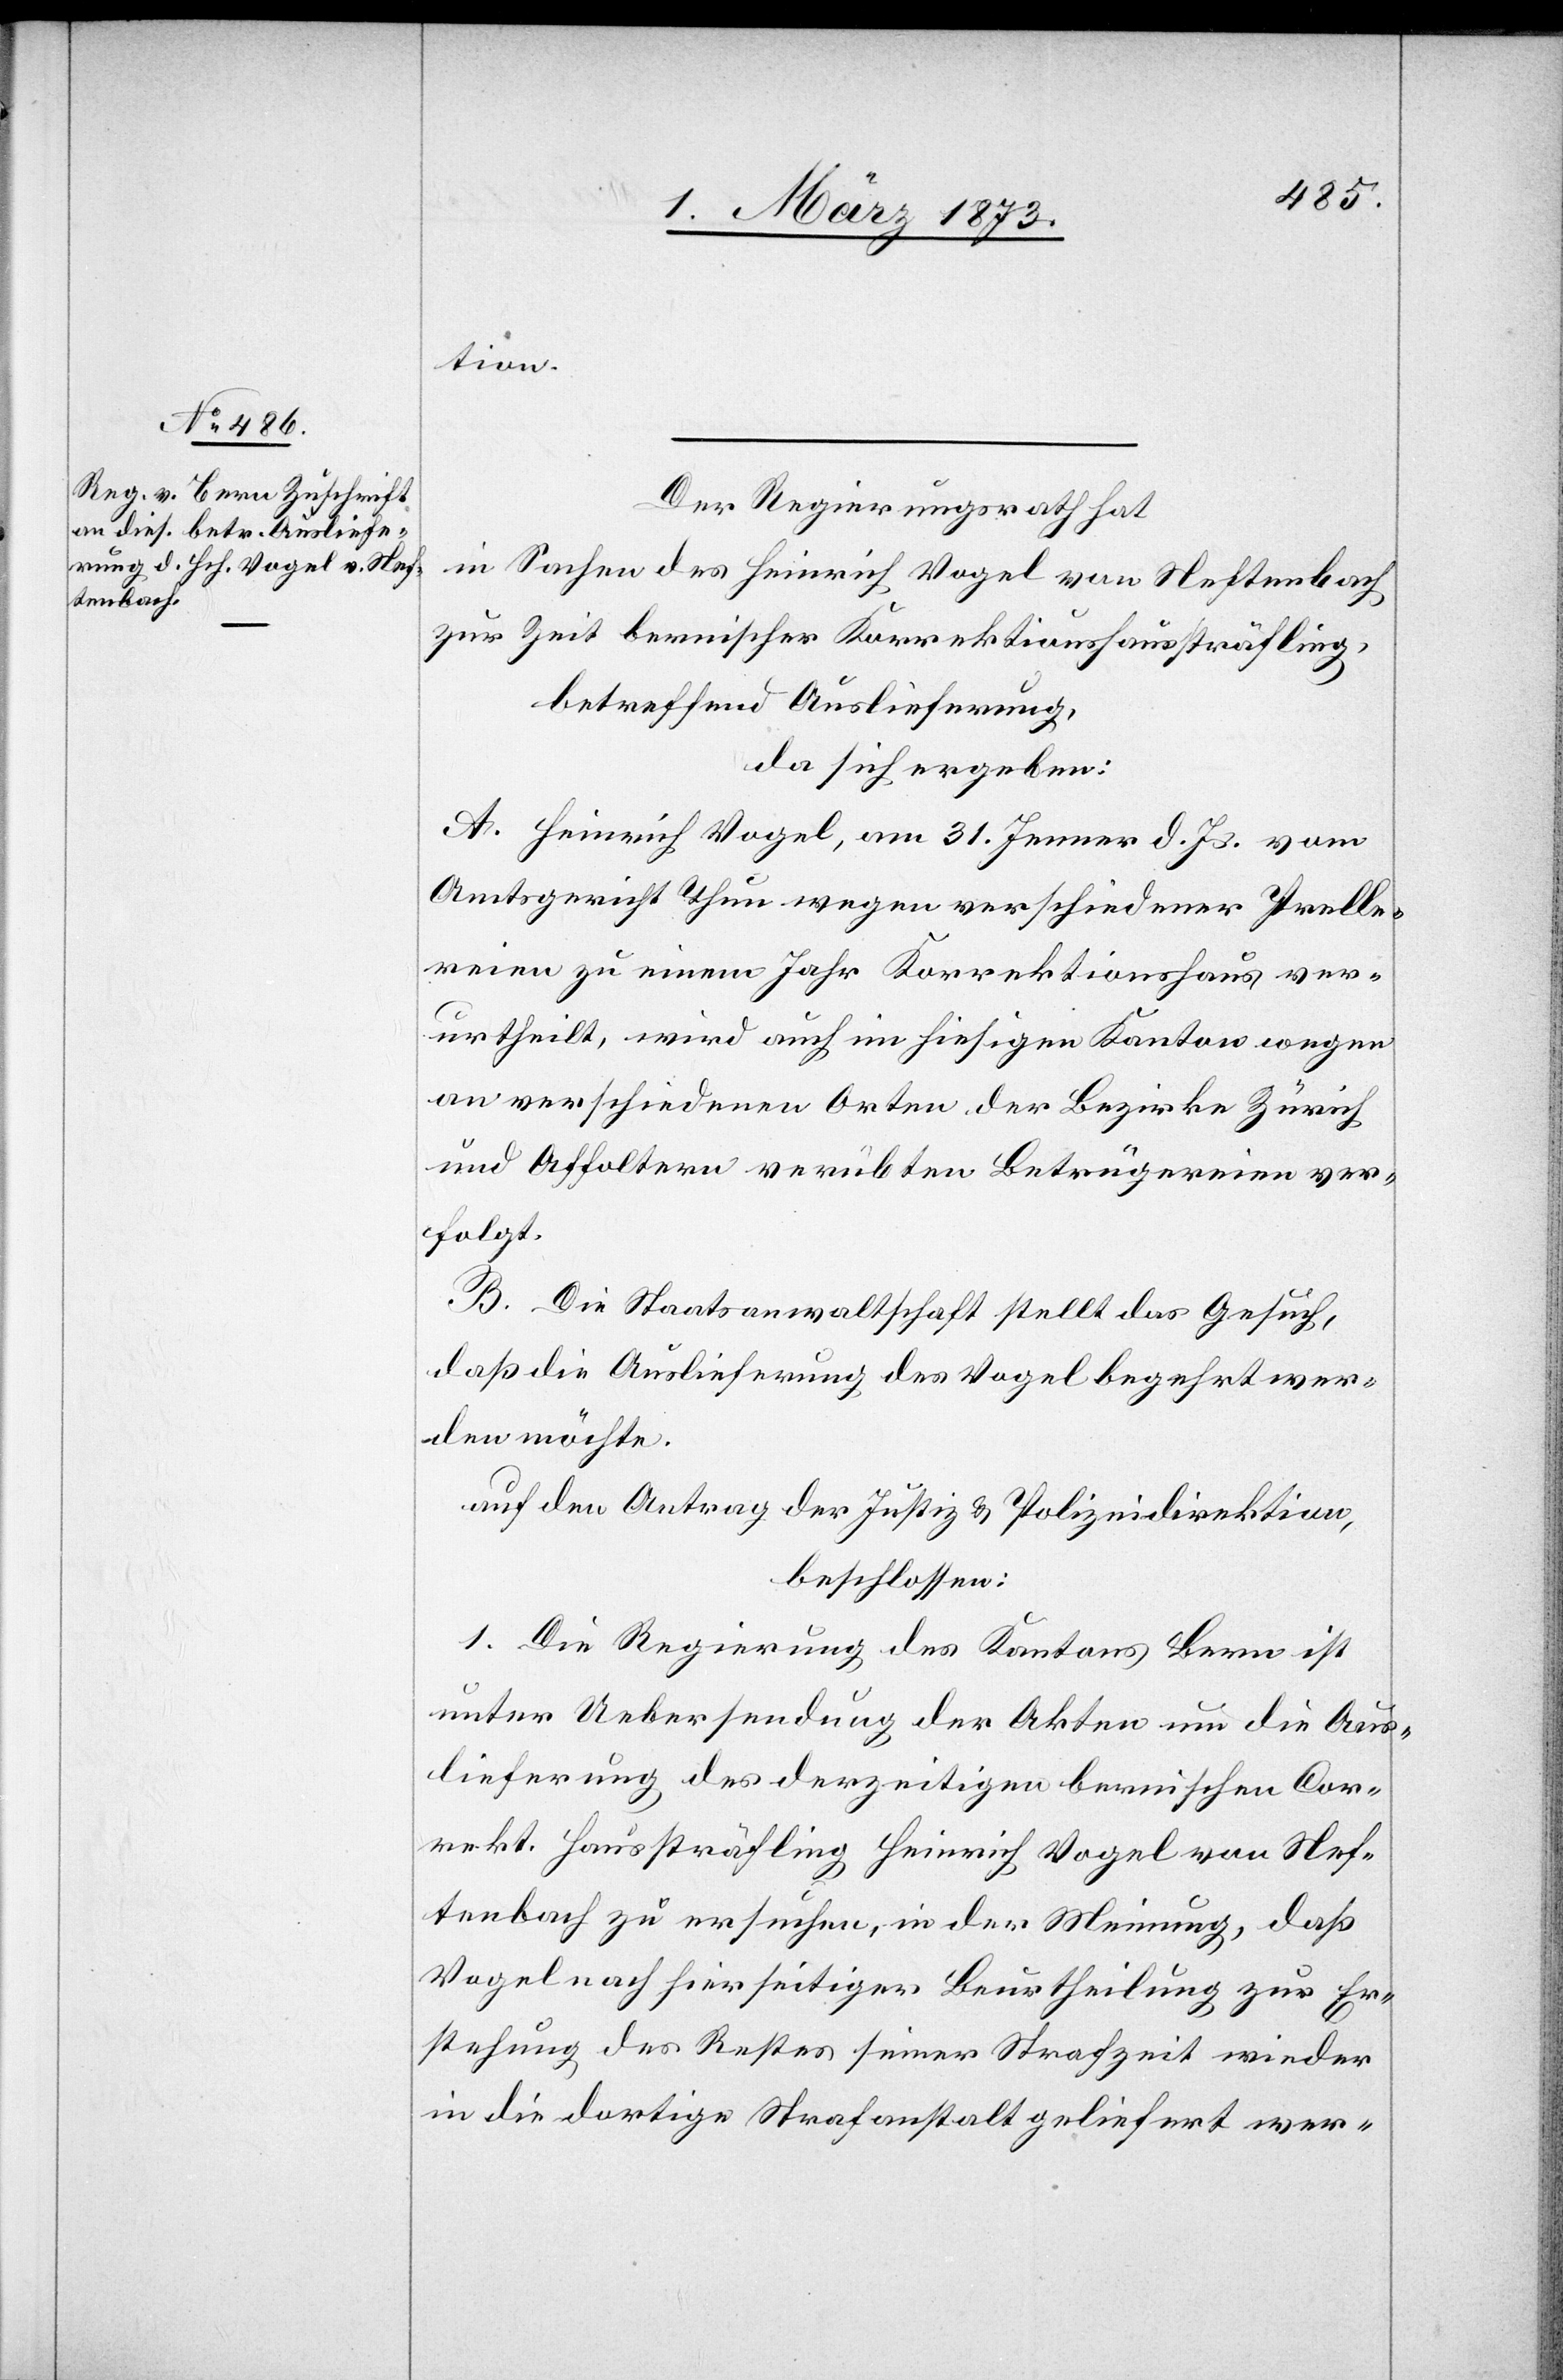
tion.
Der Regierungsrath hat
in Sachen des Heinrich Vogel von Neftenbach
zur Zeit bernischer Korrektionshaussträfling,
betreffend Auslieferung,
da sich ergeben:
A. Heinrich Vogel, am 31. Jenner d. Js. vom
Amtsgericht Thun wegen verschiedener Prelle¬
reien zu einem Jahr Korrektionshaus ver¬
urtheilt, wird auch im hiesigen Kanton wegen
an verschiedenen Orten der Bezirke Zürich
und Affoltern verübten Betrügereien ver¬
folgt.
B. Die Staatsanwaltschaft stellt das Gesuch,
daß die Auslieferung des Vogel begehrt wer¬
den möchte.
auf den Antrag der Justiz- u. Polizeidirektion,
beschlossen:
1. Die Regierung des Kantons Bern ist
unter Uebersendung der Akten um die Aus¬
lieferung des derzeitigen bernischen Cor¬
rekt. Haussträfling Heinrich Vogel von Nef¬
tenbach zu ersuchen, in der Meinung, daß
Vogel nach hierseitiger Beurtheilung zur Er¬
stehung des Restes seiner Strafzeit wieder
in die dortige Strafanstalt geliefert wer-